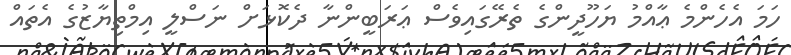
ހަމަ އެހެންމެ ޢާއްމު ޔަހޫދީންގެ ތެރޭގައިވެސް ޢަރަބީންނާ ދެކޮޅަށް ނަސްލީ އިމްތިޔާޒުގެ އެތައް